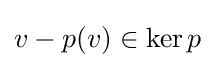
v-p(v)\in \ker p